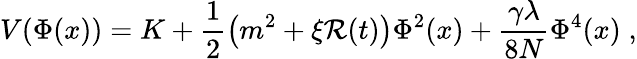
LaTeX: V(\Phi(x))=K+\frac 12\left(m^{2}+\xi{\cal R}(t)\right)\Phi^{2}(x)+\frac{\gamma\lambda}{8N}\Phi^{4}(x)\; ,